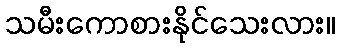
သမီးကောစားနိုင်သေးလား။